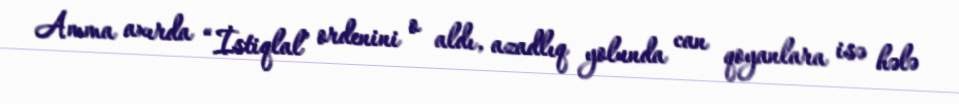
Amma axırda “İstiqlal” ordenini o aldı, azadlıq yolunda can qoyanlara isə hələ